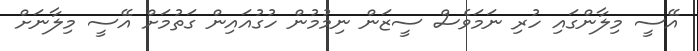
އޭސީ މިލާންގައި ހުރި ނަމަވެސް ސީޒަން ނިމުމުން ހުގުއައިން ގަތުމަށް އޭސީ މިލާނަށް